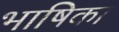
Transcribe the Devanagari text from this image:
भाषिका